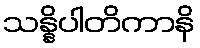
သန္နိပါတိကာနိ